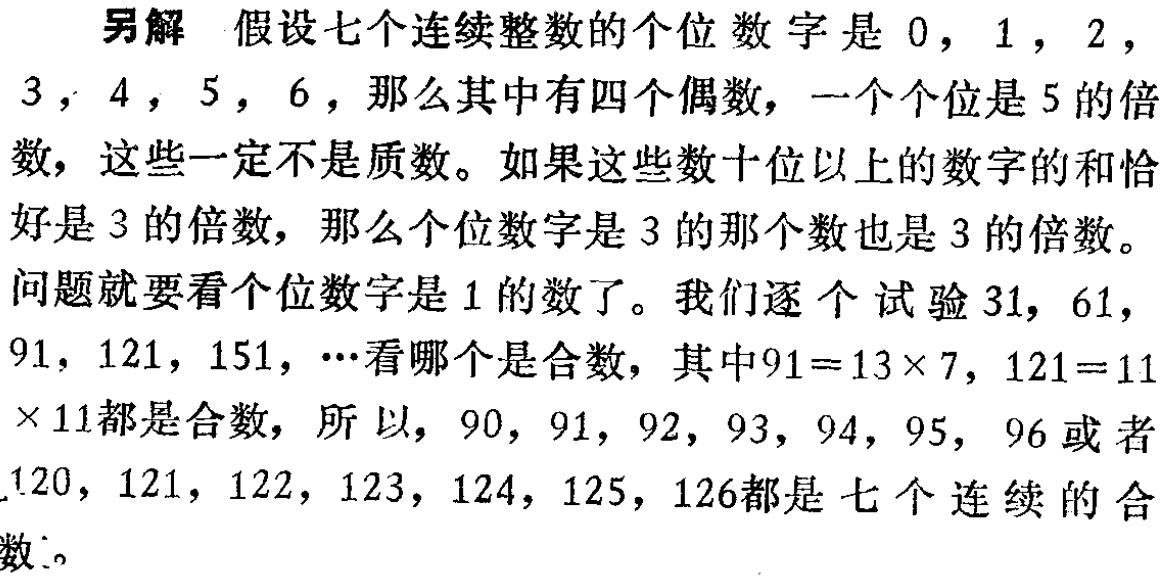
另解 假设七个连续整数的个位数字是 \(0,1,2,\)
\(3,4,5,6\)，那么其中有四个偶数，一个个位是 \(5\) 的倍
数，这些一定不是质数。如果这些数十位以上的数字的和恰
好是 \(3\) 的倍数，那么个位数字是 \(3\) 的那个数也是 \(3\) 的倍数。
问题就要看个位数字是 \(1\) 的数了。我们逐个试验 \(31, 61,\)
\(91, 121, 151, \cdots\)看哪个是合数，其中\(91 = 13\times7\)，\(121 = 11\)
\(\times11\)都是合数，所以，\(90, 91, 92, 93, 94, 95, 96\) 或者
\(120, 121, 122, 123, 124, 125, 126\)都是七个连续的合
数。